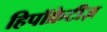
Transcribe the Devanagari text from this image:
हिपॉक्रेटीज़